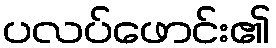
ပလပ်ဖောင်း၏